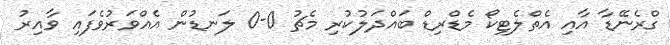
ގްރެނޭޑާ އާއި އެތްލެޓިކޯ މެޑްރިޑް ބައްދަލުކުރި މެޗު 0-0 ލަނޑުން އެއްވަރުވެފައި ވާއިރު